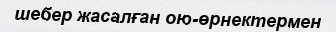
шебер жасалған ою-өрнектермен